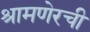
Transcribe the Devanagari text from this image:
श्रामणेरची